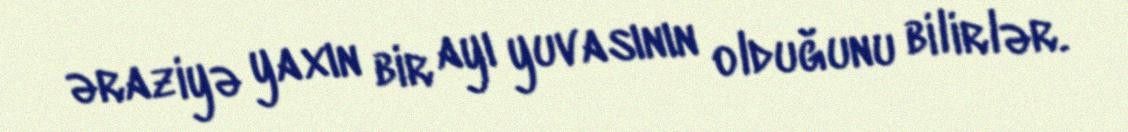
əraziyə yaxın bir ayı yuvasının olduğunu bilirlər.